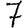
Digit: 7